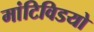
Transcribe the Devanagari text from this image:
मांटिविडयो